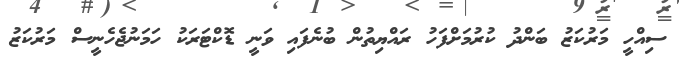
ސިއްހީ މަރުކަޒު ބަންދު ކުރުމަށްފަހު ރައްޔިތުން ބުނެފައި ވަނީ ޑޮކްޓަރަކު ހަމަނުޖެހެނީސް މަރުކަޒު